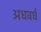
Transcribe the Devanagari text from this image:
अधवर्ध